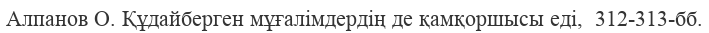
Алпанов О. Құдайберген мұғалімдердің де қамқоршысы еді,  312-313-бб.